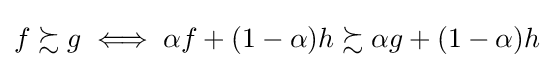
f\succsim g\iff \alpha f+(1-\alpha )h\succsim \alpha g+(1-\alpha )h